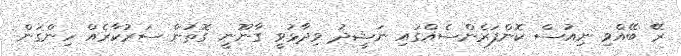
ރޭ ބޭއްވި ނިއުސް ކޮންފަރެންސެއްގައި ނަޝީދު ވިދާޅުވީ ގާނޫނީ ގޮތުން ސަރުކާރެއް ހިންގަން